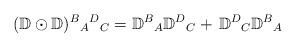
LaTeX: \begin{align*}({\mathbb D}\odot{\mathbb D})^{B}{}_{A}{}^{D}{}_{C} ={\mathbb D}^{B}{}_{A}{\mathbb D}^{D}{}_{C} + \,{\mathbb D}^{D}{}_{C}{\mathbb D}^{B}{}_{A}\end{align*}